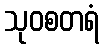
သုဝစတရံ